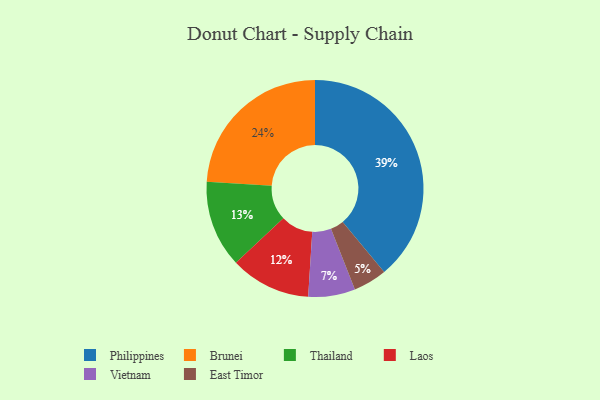
{"axis": {"x": "Category", "y": "Percentage"}, "legend": ["Brunei", "East Timor", "Laos", "Philippines", "Thailand", "Vietnam"], "data": [{"x": "Philippines", "y": 39, "type": "Philippines"}, {"x": "Brunei", "y": 24, "type": "Brunei"}, {"x": "East Timor", "y": 5, "type": "East Timor"}, {"x": "Vietnam", "y": 7, "type": "Vietnam"}, {"x": "Laos", "y": 12, "type": "Laos"}, {"x": "Thailand", "y": 13, "type": "Thailand"}]}